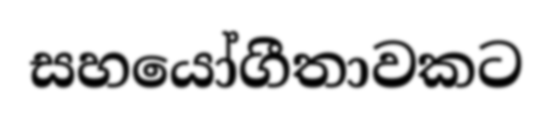
සහයෝගීතාවකට